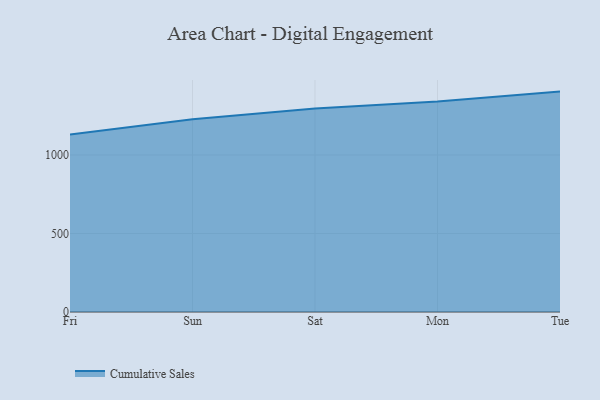
{"axis": {"x": "Day", "y": "Gross Profit (USD K)"}, "legend": ["Cumulative Sales"], "data": [{"x": "Fri", "y": 1130.4, "type": "Cumulative Sales"}, {"x": "Sun", "y": 1227.9, "type": "Cumulative Sales"}, {"x": "Sat", "y": 1295.7, "type": "Cumulative Sales"}, {"x": "Mon", "y": 1340.6, "type": "Cumulative Sales"}, {"x": "Tue", "y": 1403.8, "type": "Cumulative Sales"}]}